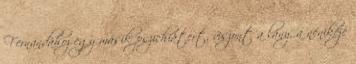
Fernandához egy másik pszichiátert, viszont a lány, a nénikéje